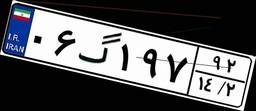
۳۷گ۶۶۳۹۴